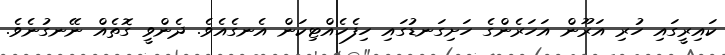
ކައިރީގައި ހުރި އަރޫން އަހަރެންގެ ހަށިގަނޑުގައި ހިފެހެއްޓިކަން އެނގެއެވެ. ދެންވީ ގޮތެއް ނޭނގުނެވެ.